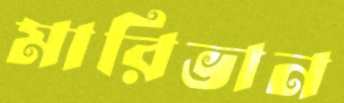
মারিভান